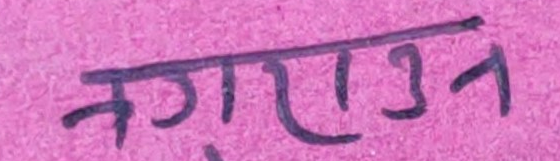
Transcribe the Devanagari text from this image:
नगाराउन